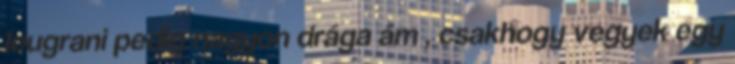
leugrani pedig nagyon drága ám , csakhogy vegyek egy